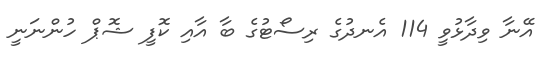
އޭނާ ވިދާޅުވީ 114 އެނދުގެ ރިސޯޓުގެ ބާ އާއި ކޮފީ ޝޮޕް ހުންނަނީ